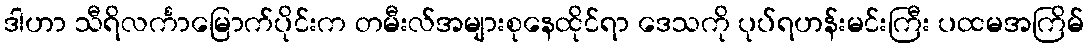
ဒါဟာ သီရိလင်္ကာမြောက်ပိုင်းက တမီးလ်အများစုနေထိုင်ရာ ဒေသကို ပုပ်ရဟန်းမင်းကြီး ပထမအကြိမ်